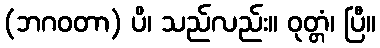
(ဘဂဝတာ) ပိ၊ သည်လည်း။ ဝုတ္တံ၊ ပြီ။